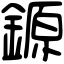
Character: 𨪛